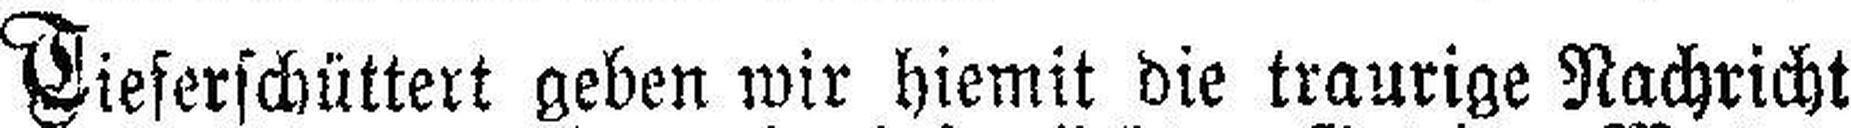
Tieferschüttert geben wir hiemit die traurige Nachricht